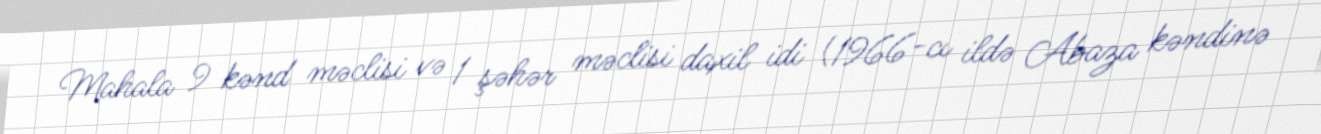
Mahala 9 kənd məclisi və 1 şəhər məclisi daxil idi (1966-cı ildə Abaza kəndinə